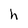
Character: h